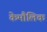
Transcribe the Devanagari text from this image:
केमौलिक